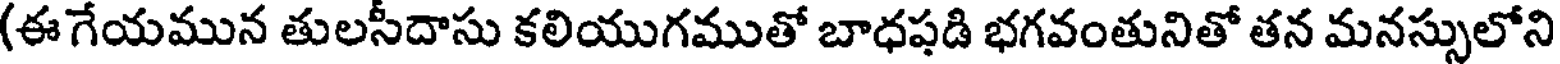
(ఈ గేయమున తులసీదాసు కలియుగముతో బాధపడి భగవంతునితో తన మనస్సులోని